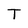
Character: T